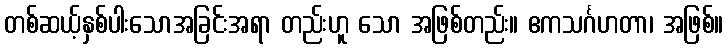
တစ်ဆယ့်နှစ်ပါးသောအခြင်းအရာ တည်းဟူ သော အဖြစ်တည်း။ ဧကသင်္ဂဟတာ၊ အဖြစ်။